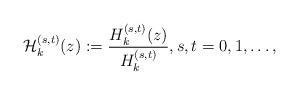
LaTeX: \begin{align*}{\cal H}_{k}^{(s,t)}(z):=\frac{H_{k}^{(s,t)}(z)}{H_{k}^{(s,t)}},s,t=0,1,\dots,\end{align*}